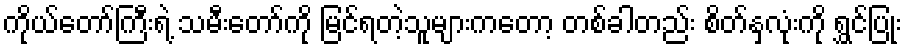
ကိုယ်တော်ကြီးရဲ့ သမီးတော်ကို မြင်ရတဲ့သူများကတော့ တစ်ခါတည်း စိတ်နှလုံးကို ရွှင်ပြုံး